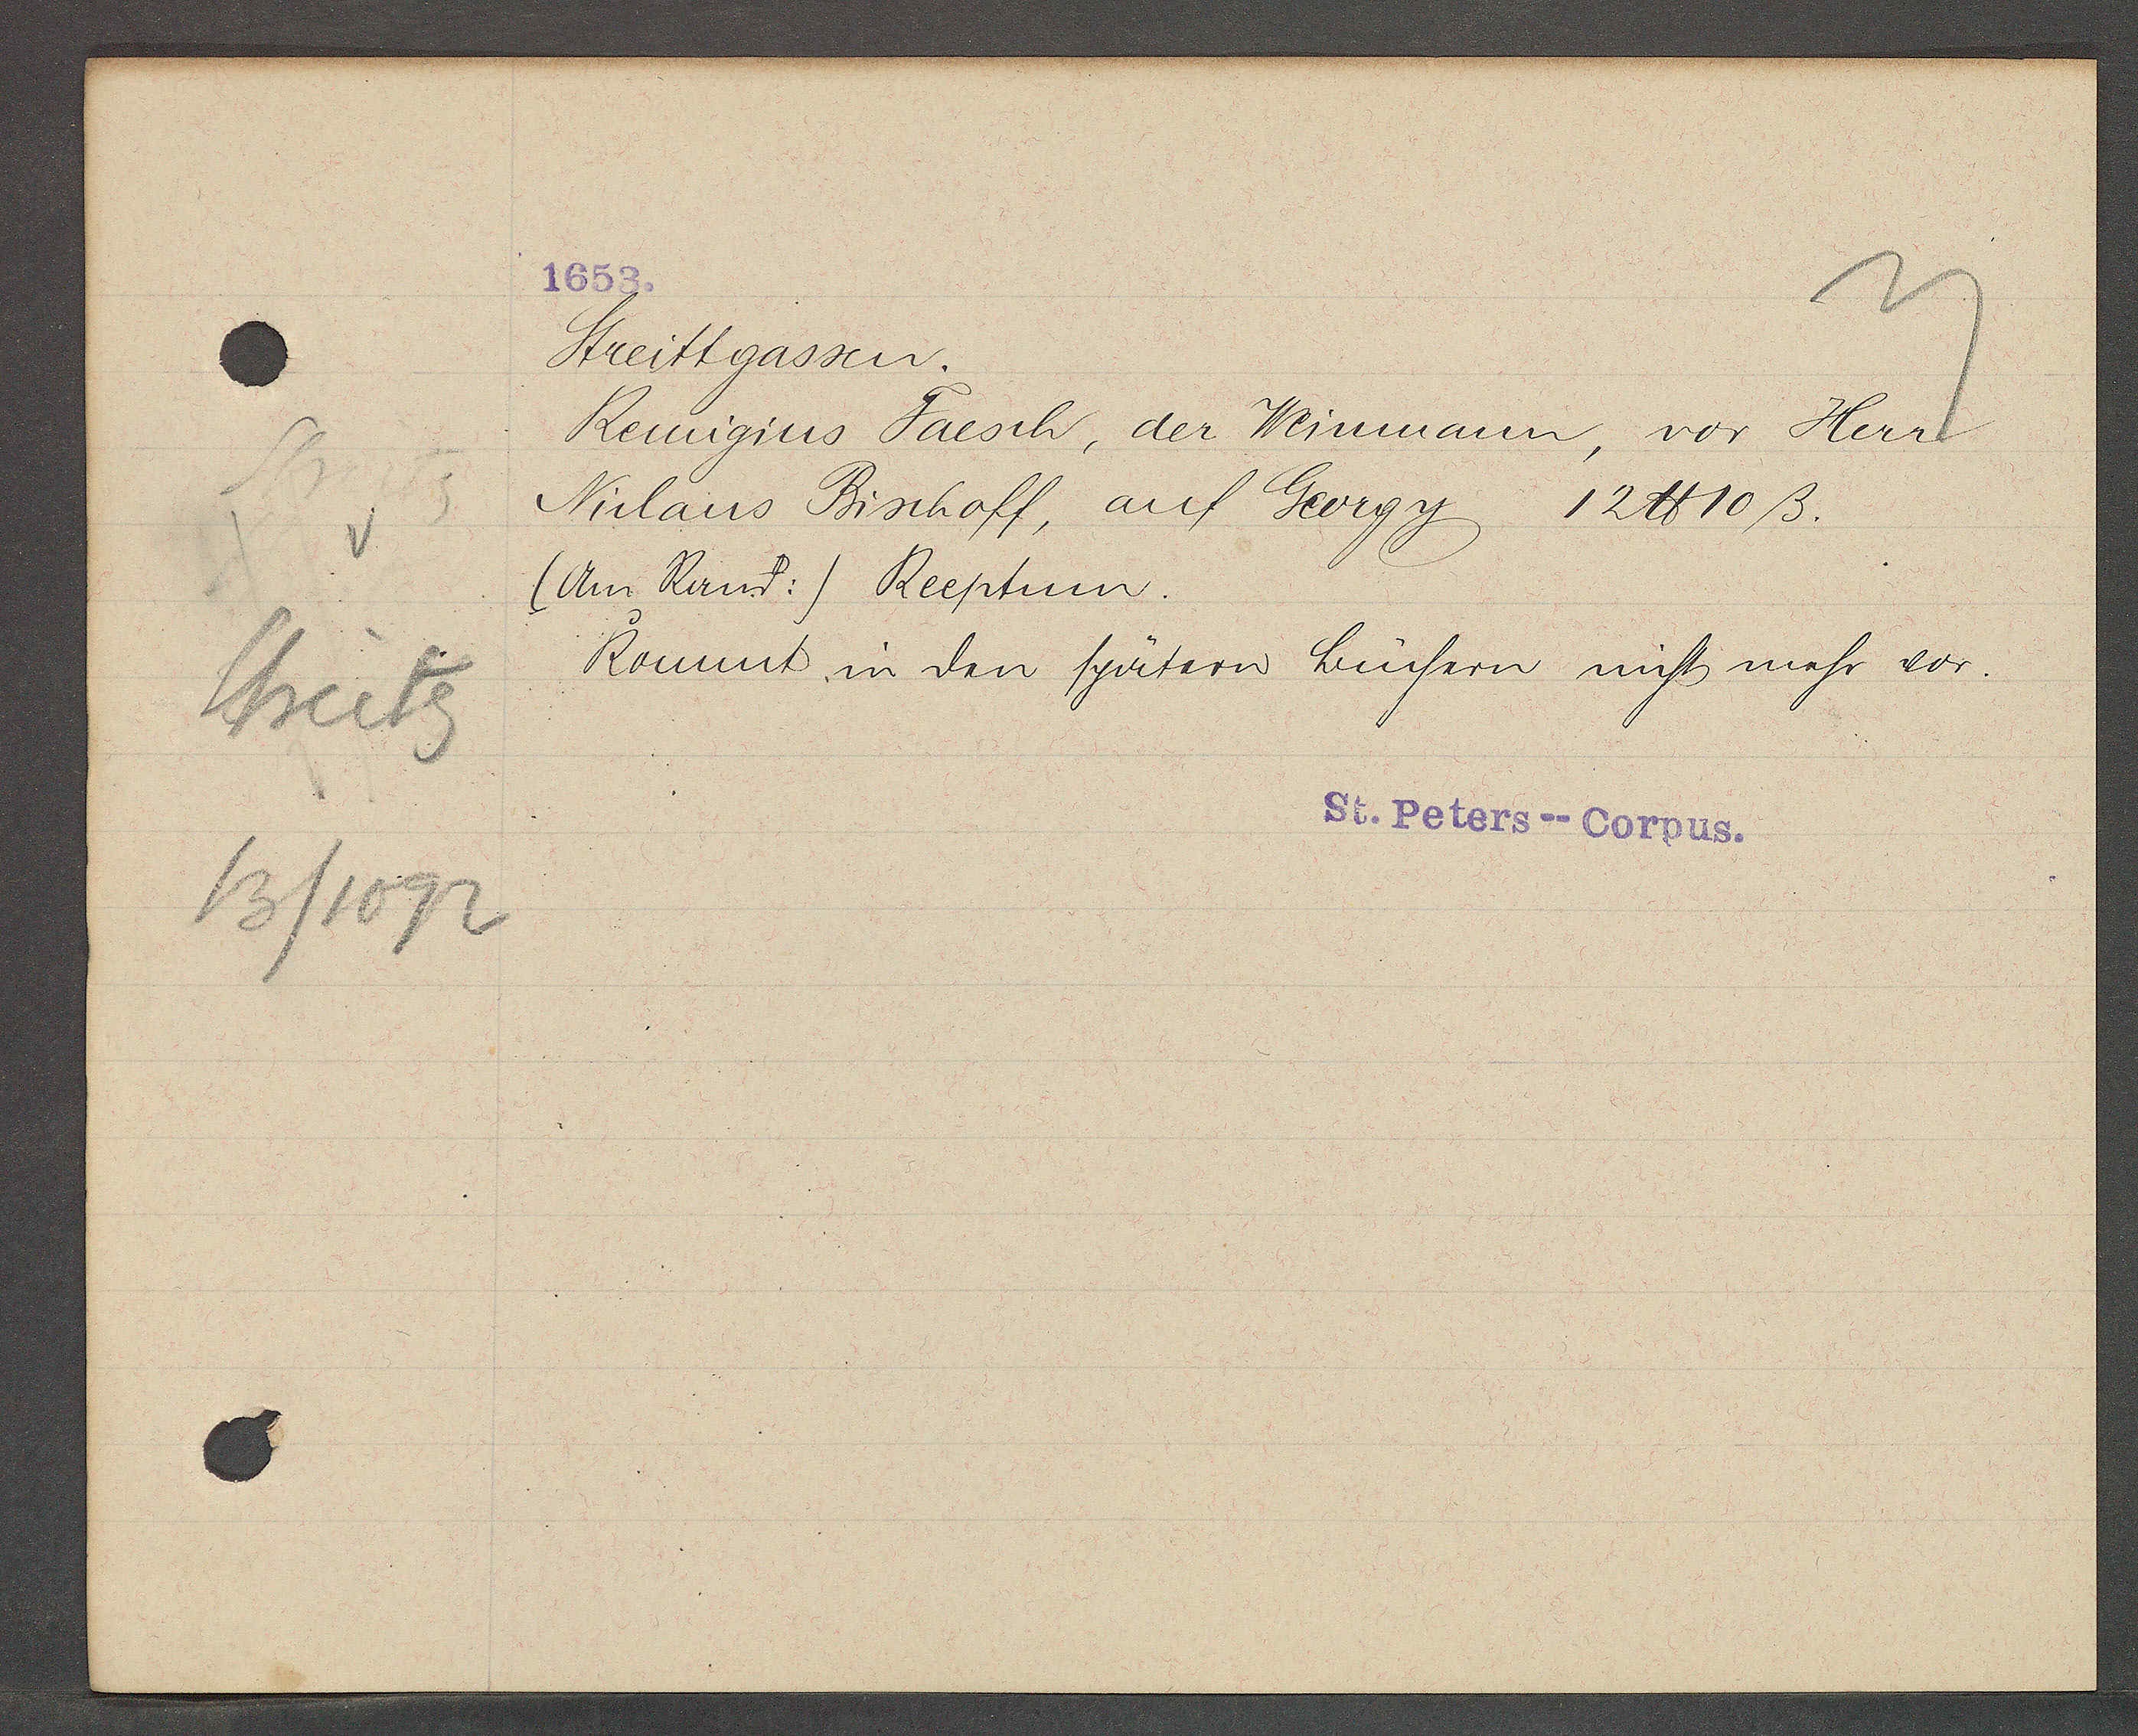
Transcript:
Streitg
13/1092

1653.

Streittgassen.
Reinigins Faesch, der Weinmann, vor Herr
Niclaus Bischoff, auf Georgy 12 ℔ 10 ß.
(Am Rand:) Reeptum.
Kommt in den späteren briefen nicht mehr vor.

St. Peters--Corpus.